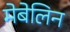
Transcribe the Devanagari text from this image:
मेबेलिन